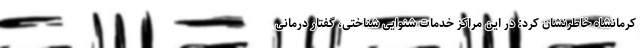
کرمانشاه خاطرنشان کرد: در این مراکز خدمات شنوایی شناختی، گفتار درمانی